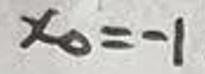
$x_0=-1$